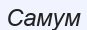
Самум